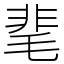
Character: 靟